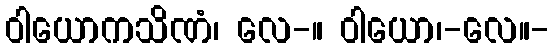
ဝါယောကသိဏံ၊ လေ-။ ဝါယော၊-လေ။-